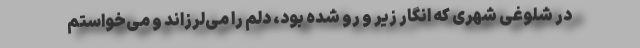
در شلوغی شهری که انگار زیر و رو شده بود، دلم را می‌لرزاند و می‌خواستم